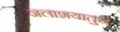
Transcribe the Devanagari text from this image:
जलाशयातुन